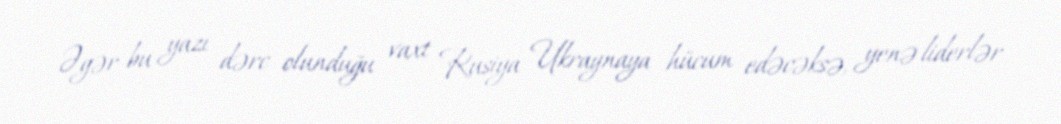
Əgər bu yazı dərc olunduğu vaxt Rusiya Ukraynaya hücum edəcəksə, yenə liderlər